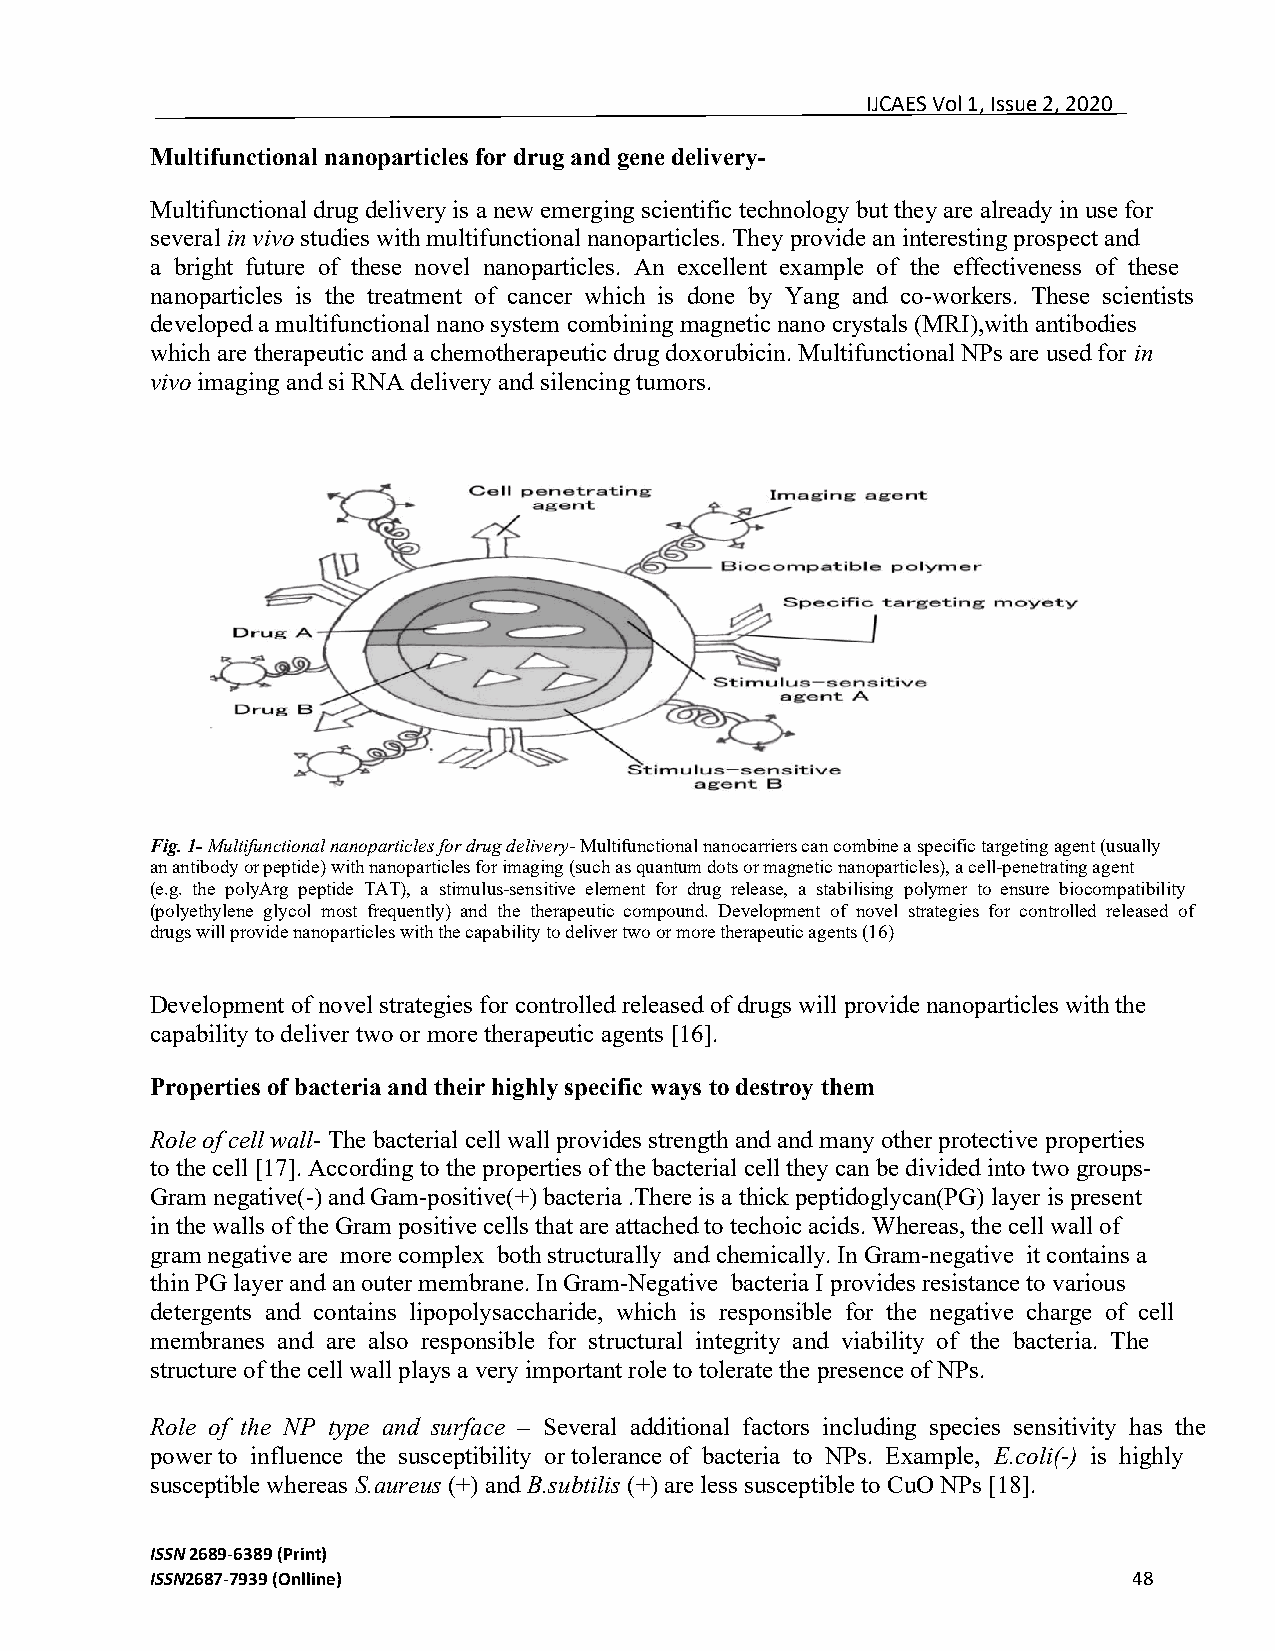
IJCAES Vol 1, Issue 2, 2020
 Multifunctional nanoparticles for drug and gene delivery-
 Multifunctional drug delivery is a new emerging scientific technology but they are already in use for
 several in vivo studies with multifunctional nanoparticles. They provide an interesting prospect and
 a bright future of these novel nanoparticles. An excellent example of the effectiveness of these
 nanoparticles is the treatment of cancer which is done by Yang and co-workers. These scientists
 developed a multifunctional nano system combining magnetic nano crystals (MRI),with antibodies
 which are therapeutic and a chemotherapeutic drug doxorubicin. Multifunctional NPs are used for in
 vivo imaging and si RNA delivery and silencing tumors.
 Fig. 1- Multifunctional nanoparticles for drug delivery- Multifunctional nanocarriers can combine a specific targeting agent (usually
 an antibody or peptide) with nanoparticles for imaging (such as quantum dots or magnetic nanoparticles), a cell-penetrating agent
 (e.g. the polyArg peptide TAT), a stimulus-sensitive element for drug release, a stabilising polymer to ensure biocompatibility
 (polyethylene glycol most frequently) and the therapeutic compound. Development of novel strategies for controlled released of
 drugs will provide nanoparticles with the capability to deliver two or more therapeutic agents (16)
 Development of novel strategies for controlled released of drugs will provide nanoparticles with the
 capability to deliver two or more therapeutic agents [16].
 Properties of bacteria and their highly specific ways to destroy them
 Role of cell wall- The bacterial cell wall provides strength and and many other protective properties
 to the cell [17]. According to the properties of the bacterial cell they can be divided into two groups-
 Gram negative(-) and Gam-positive(+) bacteria .There is a thick peptidoglycan(PG) layer is present
 in the walls of the Gram positive cells that are attached to techoic acids. Whereas, the cell wall of
 gram negative are more complex both structurally and chemically. In Gram-negative it contains a
 thin PG layer and an outer membrane. In Gram-Negative bacteria I provides resistance to various
 detergents and contains lipopolysaccharide, which is responsible for the negative charge of cell
 membranes and are also responsible for structural integrity and viability of the bacteria. The
 structure of the cell wall plays a very important role to tolerate the presence of NPs.
 Role of the NP type and surface – Several additional factors including species sensitivity has the
 power to influence the susceptibility or tolerance of bacteria to NPs. Example, E.coli(-) is highly
 susceptible whereas S.aureus (+) and B.subtilis (+) are less susceptible to CuO NPs [18].
 ISSN 2689-6389 (Print)
 ISSN2687-7939 (Onlline)                                          48